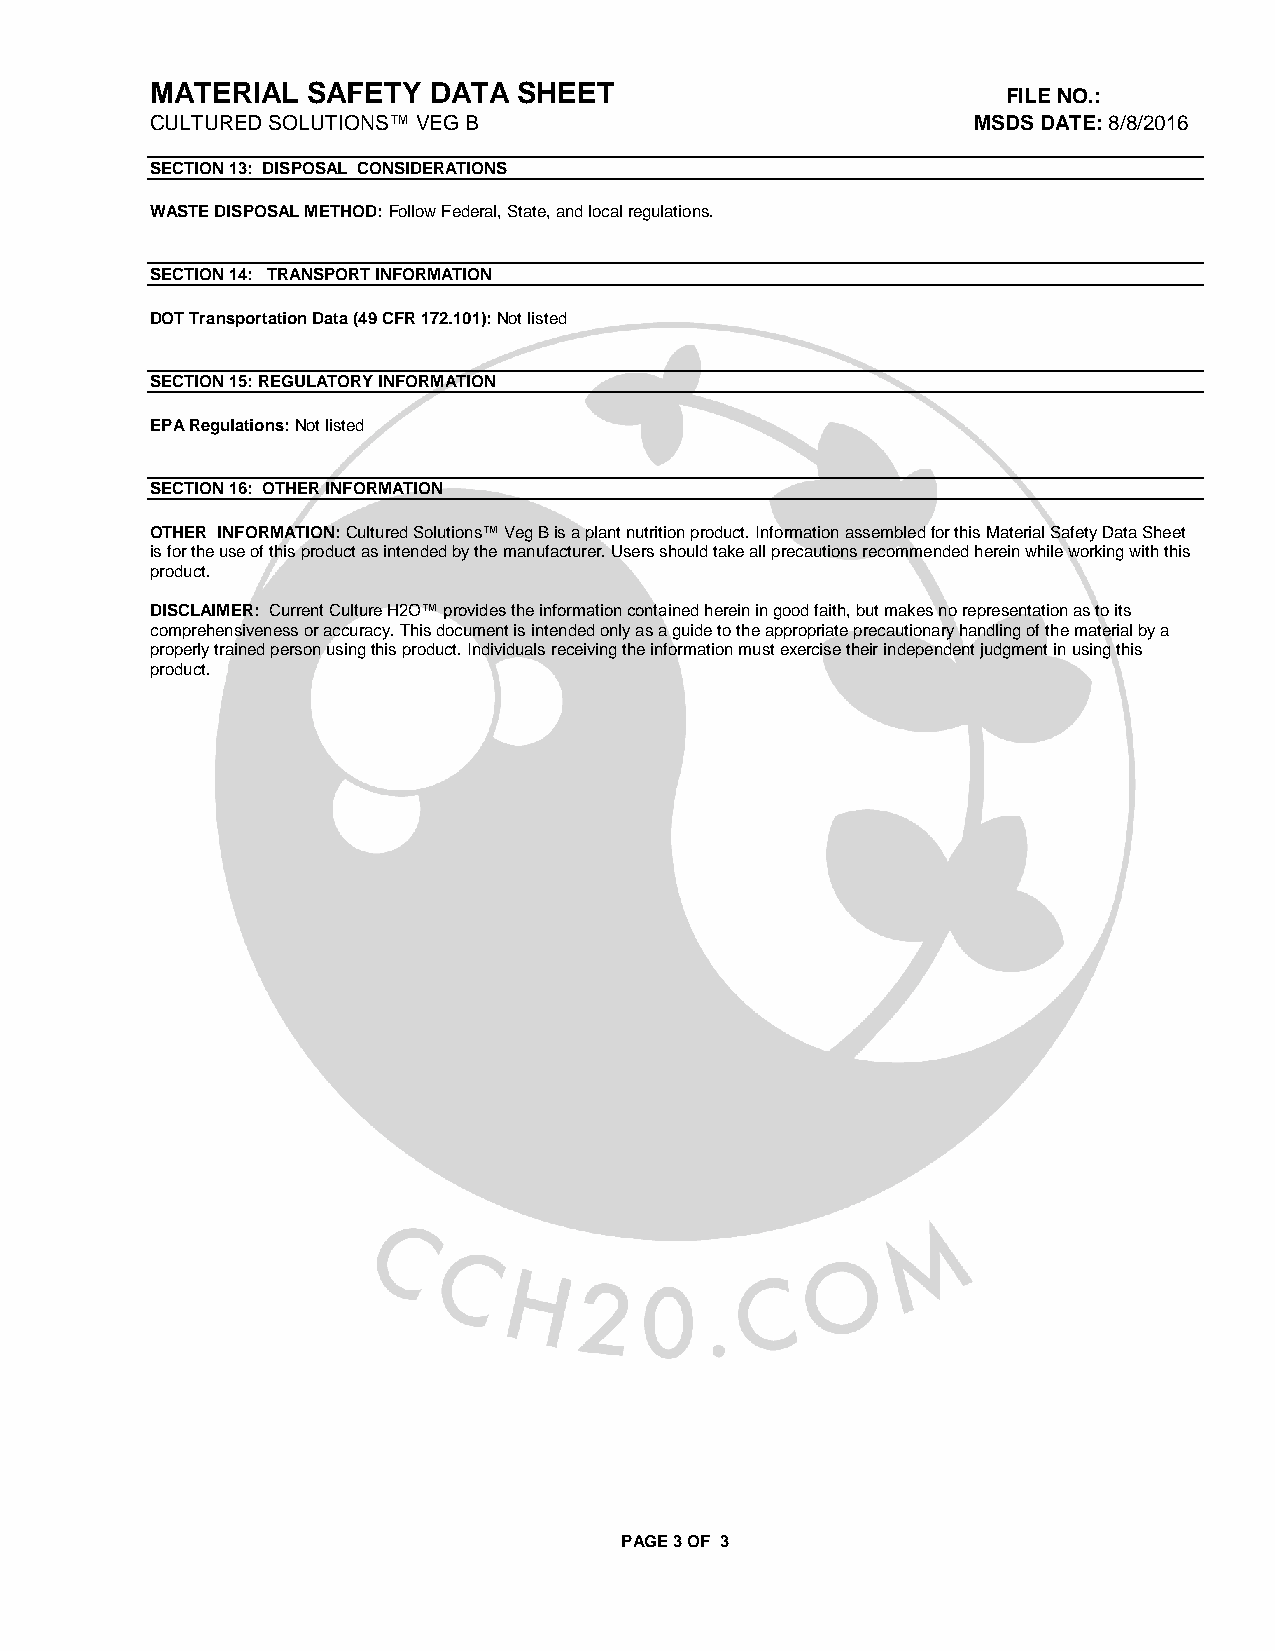
MATERIAL  SAFETY  DATA  SHEET
 FILE NO.:
 CULTURED SOLUTIONS™ VEG B                             MSDS DATE: 8/8/2016
 SECTION 13: DISPOSAL CONSIDERATIONS
 WASTE DISPOSAL METHOD: Follow Federal, State, and local regulations.
 SECTION 14: TRANSPORT INFORMATION
 DOT Transportation Data (49 CFR 172.101): Not listed
 SECTION 15: REGULATORY INFORMATION
 EPA Regulations: Not listed
 SECTION 16: OTHER INFORMATION
 OTHER INFORMATION: Cultured Solutions™ Veg B is a plant nutrition product. Information assembled for this Material Safety Data Sheet
 is for the use of this product as intended by the manufacturer. Users should take all precautions recommended herein while working with this
 product.
 DISCLAIMER: Current Culture H2O™ provides the information contained herein in good faith, but makes no representation as to its
 comprehensiveness or accuracy. This document is intended only as a guide to the appropriate precautionary handling of the material by a
 properly trained person using this product. Individuals receiving the information must exercise their independent judgment in using this
 product.
 PAGE 3 OF 3